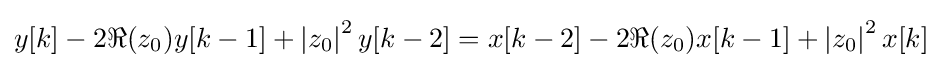
y[k]-2\Re (z_{0})y[k-1]+\left|z_{0}\right|^{2}y[k-2]=x[k-2]-2\Re (z_{0})x[k-1]+\left|z_{0}\right|^{2}x[k]